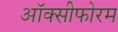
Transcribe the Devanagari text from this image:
ऑक्सीफोरम